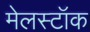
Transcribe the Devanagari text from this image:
मेलस्टॉक